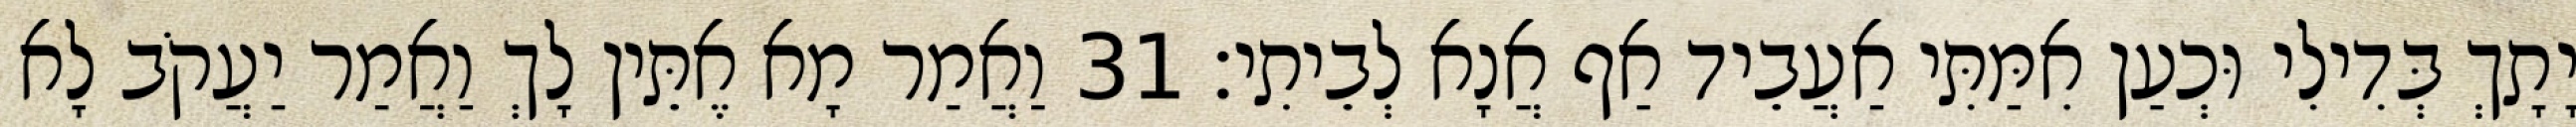
יָתָךְ בְּדִילִי וּכְעַן אִמַּתִּי אַעֲבֵיד אַף אֲנָא לְבֵיתִי׃ 31 וַאֲמַר מָא אֶתֵּין לָךְ וַאֲמַר יַעֲקֹב לָא